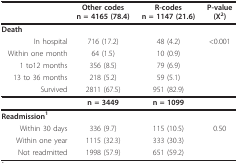
<table><thead><tr><td></td><td><b>Other codesn = 4165 (78.4)</b></td><td><b>R-codesn = 1147 (21.6)</b></td><td><b>P-value(X<sup>2</sup>)</b></td></tr></thead><tbody><tr><td><b>Death</b></td><td></td><td></td><td></td></tr><tr><td>In hospital</td><td>716 (17.2)</td><td>48 (4.2)</td><td>&lt;0.001</td></tr><tr><td>Within one month</td><td>64 (1.5)</td><td>10 (0.9)</td><td></td></tr><tr><td>1 to12 months</td><td>356 (8.5)</td><td>79 (6.9)</td><td></td></tr><tr><td>13 to 36 months</td><td>218 (5.2)</td><td>59 (5.1)</td><td></td></tr><tr><td>Survived</td><td>2811 (67.5)</td><td>951 (82.9)</td><td></td></tr><tr><td></td><td><b>n = 3449</b></td><td><b>n = 1099</b></td><td></td></tr><tr><td><b>Readmission<sup>1</sup></b></td><td></td><td></td><td></td></tr><tr><td>Within 30 days</td><td>336 (9.7)</td><td>115 (10.5)</td><td>0.50</td></tr><tr><td>Within one year</td><td>1115 (32.3)</td><td>333 (30.3)</td><td></td></tr><tr><td>Not readmitted</td><td>1998 (57.9)</td><td>651 (59.2)</td><td></td></tr></tbody></table>